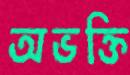
অভক্তি